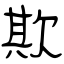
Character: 欺